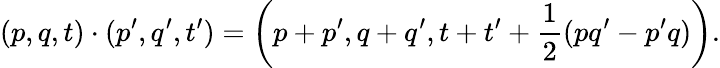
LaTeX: (p,q,t)\cdot(p^{\prime},q^{\prime},t^{\prime})=\left(p+p^{\prime},q+q^{\prime},t+t^{\prime}+{\frac{1}{2}}(pq^{\prime}-p^{\prime}q)\right).